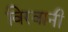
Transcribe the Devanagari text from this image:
विरवानी